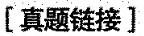
[真题链接〕